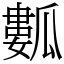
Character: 𤬏